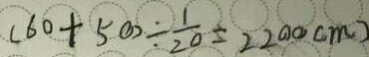
( 6 0 + 5 0 ) \div \frac { 1 } { 2 0 } = 2 2 0 0 ( c m )